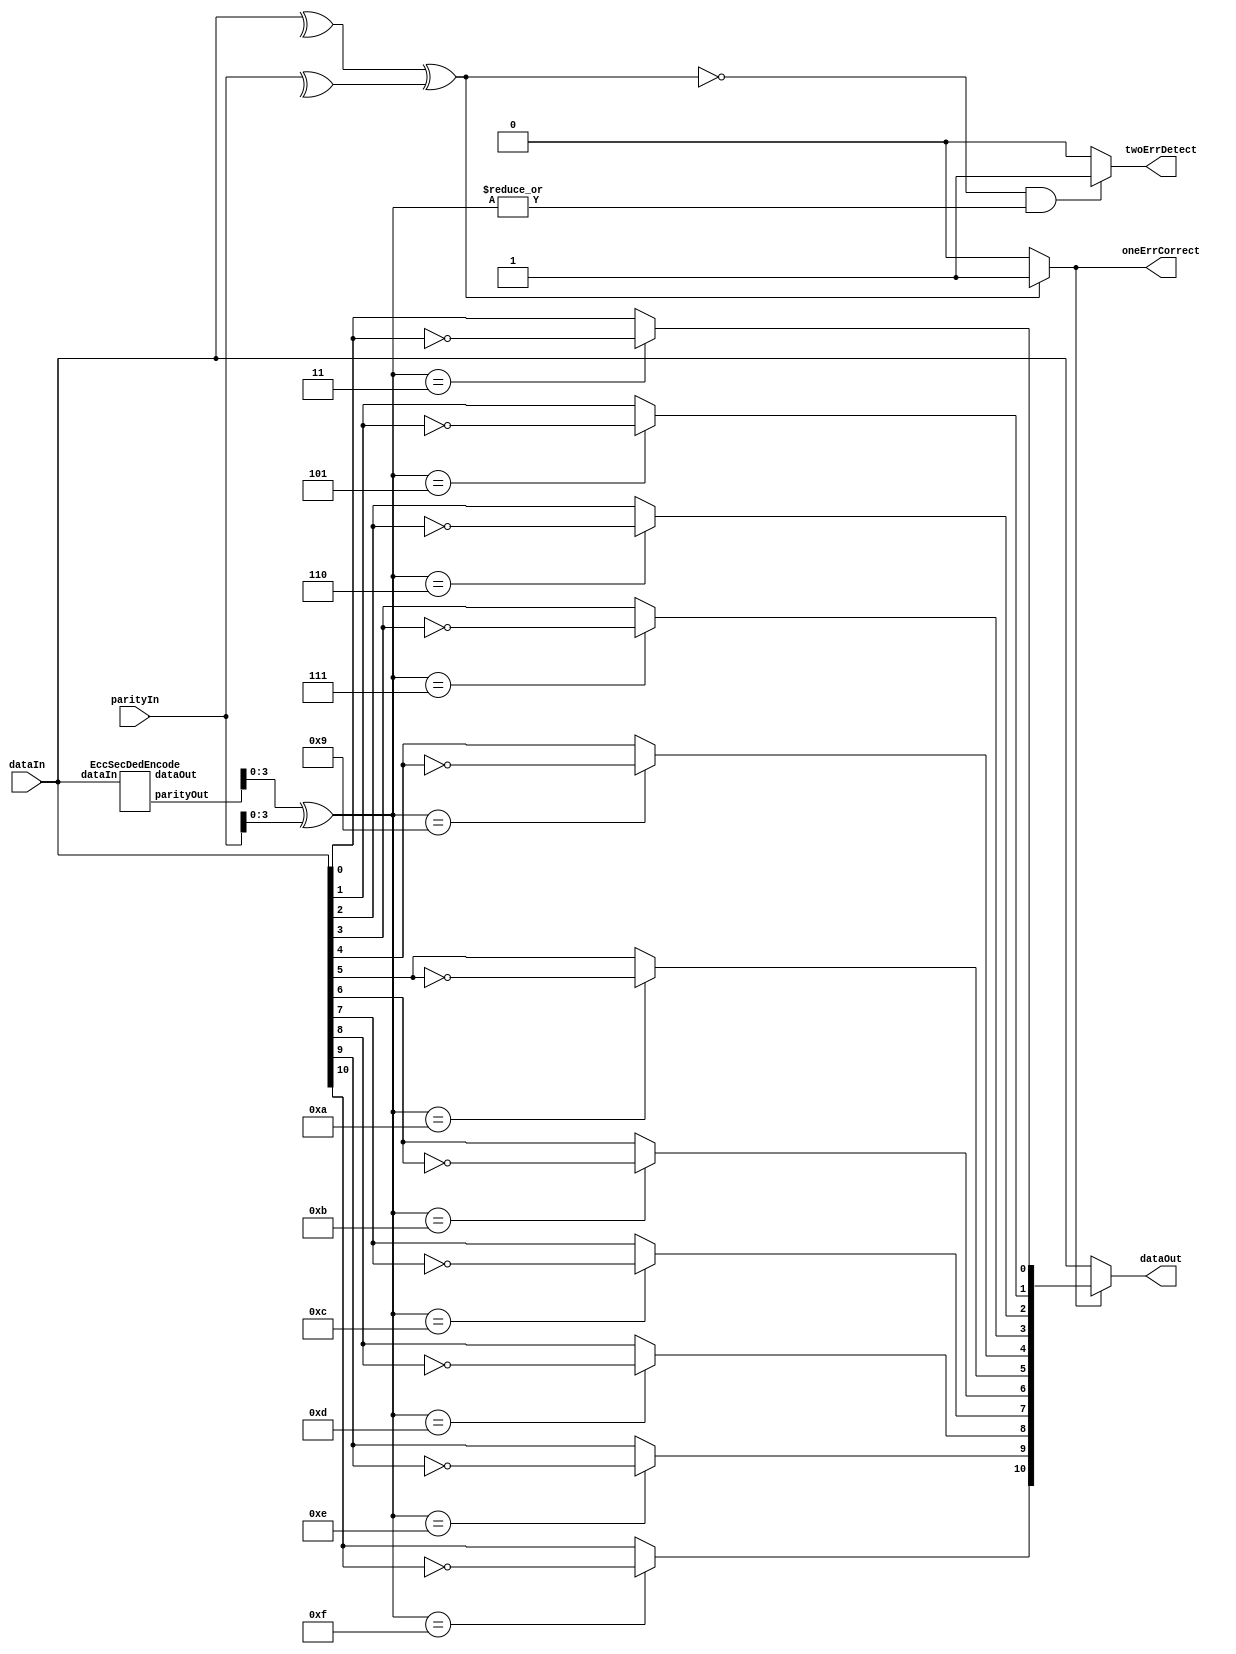
// Generator : SpinalHDL v1.10.0    git head : 270018552577f3bb8e5339ee2583c9c22d324215
// Component : EccSecDedDecode
// Git hash  : 13b19e6dddb1a36b08909f856a1b53ea696b0045

`timescale 1ns/1ps

module EccSecDedDecode (
  input  wire [10:0]   dataIn,
  input  wire [4:0]    parityIn,
  output reg  [10:0]   dataOut,
  output reg           oneErrCorrect,
  output reg           twoErrDetect
);

  wire       [10:0]   eccEncode_dataOut;
  wire       [4:0]    eccEncode_parityOut;
  wire                overallCheck;
  wire       [3:0]    parityCkeck;
  wire                when_EccSECDED_l67;
  wire       [3:0]    switch_EccSECDED_l70;

  EccSecDedEncode eccEncode (
    .dataIn    (dataIn[10:0]            ), //i
    .dataOut   (eccEncode_dataOut[10:0] ), //o
    .parityOut (eccEncode_parityOut[4:0])  //o
  );
  always @(*) begin
    oneErrCorrect = 1'b0;
    if(overallCheck) begin
      oneErrCorrect = 1'b1;
    end
  end

  always @(*) begin
    twoErrDetect = 1'b0;
    if(when_EccSECDED_l67) begin
      twoErrDetect = 1'b1;
    end
  end

  always @(*) begin
    dataOut = dataIn;
    if(oneErrCorrect) begin
      case(switch_EccSECDED_l70)
        4'b0011 : begin
          dataOut[0] = (! dataIn[0]);
        end
        4'b0101 : begin
          dataOut[1] = (! dataIn[1]);
        end
        4'b0110 : begin
          dataOut[2] = (! dataIn[2]);
        end
        4'b0111 : begin
          dataOut[3] = (! dataIn[3]);
        end
        4'b1001 : begin
          dataOut[4] = (! dataIn[4]);
        end
        4'b1010 : begin
          dataOut[5] = (! dataIn[5]);
        end
        4'b1011 : begin
          dataOut[6] = (! dataIn[6]);
        end
        4'b1100 : begin
          dataOut[7] = (! dataIn[7]);
        end
        4'b1101 : begin
          dataOut[8] = (! dataIn[8]);
        end
        4'b1110 : begin
          dataOut[9] = (! dataIn[9]);
        end
        4'b1111 : begin
          dataOut[10] = (! dataIn[10]);
        end
        default : begin
        end
      endcase
    end
  end

  assign overallCheck = ((^dataIn) ^ (^parityIn));
  assign parityCkeck = (eccEncode_parityOut[3 : 0] ^ parityIn[3 : 0]);
  assign when_EccSECDED_l67 = ((! overallCheck) && (|parityCkeck));
  assign switch_EccSECDED_l70 = parityCkeck;

endmodule

module EccSecDedEncode (
  input  wire [10:0]   dataIn,
  output wire [10:0]   dataOut,
  output reg  [4:0]    parityOut
);

  wire       [0:0]    tempz_parityOut;
  wire       [4:0]    tempz_parityOut_1;
  wire                parity_0;
  wire                parity_1;
  wire                parity_2;
  wire                parity_3;
  wire                data_0;
  wire                data_1;
  wire                data_2;
  wire                data_3;
  wire                data_4;
  wire                data_5;
  wire                data_6;
  wire                data_7;
  wire                data_8;
  wire                data_9;
  wire                data_10;

  assign tempz_parityOut = data_5;
  assign tempz_parityOut_1 = {data_4,{data_3,{data_2,{data_1,data_0}}}};
  assign dataOut = dataIn;
  assign data_0 = dataIn[0];
  assign data_1 = dataIn[1];
  assign data_2 = dataIn[2];
  assign data_3 = dataIn[3];
  assign data_4 = dataIn[4];
  assign data_5 = dataIn[5];
  assign data_6 = dataIn[6];
  assign data_7 = dataIn[7];
  assign data_8 = dataIn[8];
  assign data_9 = dataIn[9];
  assign data_10 = dataIn[10];
  assign parity_0 = (^{data_10,{data_8,{data_6,{data_4,{data_3,{data_1,data_0}}}}}});
  assign parity_1 = (^{data_10,{data_9,{data_6,{data_5,{data_3,{data_2,data_0}}}}}});
  assign parity_2 = (^{data_10,{data_9,{data_8,{data_7,{data_3,{data_2,data_1}}}}}});
  assign parity_3 = (^{data_10,{data_9,{data_8,{data_7,{data_6,{data_5,data_4}}}}}});
  always @(*) begin
    parityOut[4] = ((^{data_10,{data_9,{data_8,{data_7,{data_6,{tempz_parityOut,tempz_parityOut_1}}}}}}) ^ (^{parity_3,{parity_2,{parity_1,parity_0}}}));
    parityOut[3 : 0] = {parity_3,{parity_2,{parity_1,parity_0}}};
  end


endmodule